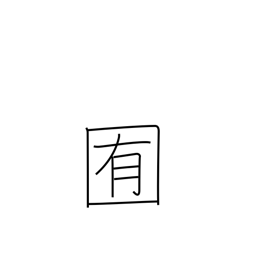
Meaning: pasture